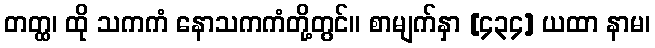
တတ္ထ၊ ထို သကကံ နောသကကံတို့တွင်။ စာမျက်နှာ [၄၃၄] ယထာ နာမ၊